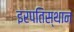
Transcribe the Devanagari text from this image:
इरपतिस्थान